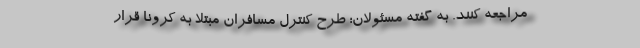
مراجعه کنند. به گفته مسئولان؛ طرح کنترل مسافران مبتلا به کرونا قرار